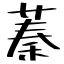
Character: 蓁